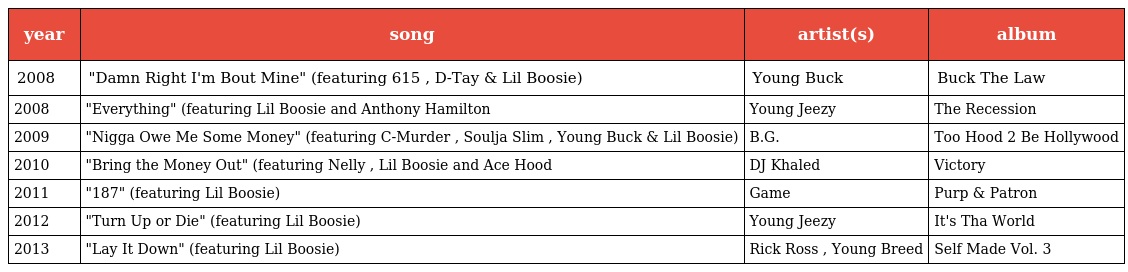
| year | song | artist(s) | album |
 | --- | --- | --- | --- |
 | 2008 | "Damn Right I'm Bout Mine" (featuring 615 , D-Tay & Lil Boosie) | Young Buck | Buck The Law |
 | 2008 | "Everything" (featuring Lil Boosie and Anthony Hamilton | Young Jeezy | The Recession |
 | 2009 | "Nigga Owe Me Some Money" (featuring C-Murder , Soulja Slim , Young Buck & Lil Boosie) | B.G. | Too Hood 2 Be Hollywood |
 | 2010 | "Bring the Money Out" (featuring Nelly , Lil Boosie and Ace Hood | DJ Khaled | Victory |
 | 2011 | "187" (featuring Lil Boosie) | Game | Purp & Patron |
 | 2012 | "Turn Up or Die" (featuring Lil Boosie) | Young Jeezy | It's Tha World |
 | 2013 | "Lay It Down" (featuring Lil Boosie) | Rick Ross , Young Breed | Self Made Vol. 3 |